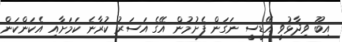
އިބޫ ވިދާޅުވީ އޭޑީސީ ނަގަން ފެށުމުން އޭގެ އަސަރު ކުރާނެ ކަމަށާއި އެކަންކަން